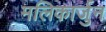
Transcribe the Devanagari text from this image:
मलिकार्जुन